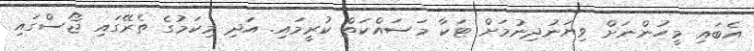
އެބައި މީހުންނަށް ވިޔަނުދިނުމަށް ޓަކާ މަސައްކަތް ކުރީމައި. އަދި މިކަމުގެ ތެރޭގައި ޖޯސްގައި